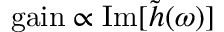
\mathrm { g a i n } \propto \mathrm { I m } [ \Tilde { h } ( \omega ) ]